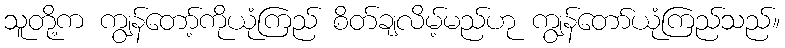
သူတို့က ကျွန်တော့်ကိုယုံကြည် စိတ်ချလိမ့်မည်ဟု ကျွန်တော်ယုံကြည်သည်။